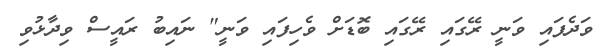
ވަދެފައި ވަނީ ރޭގައި ރޭގައި ބޮޑަށް ވެހިފައި ވަނީ" ނައިބު ރައީސް ވިދާޅުވި